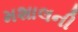
મશાલની